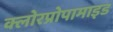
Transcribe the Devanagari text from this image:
क्लोरप्रोपामाइड